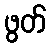
ဖွတ်